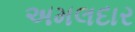
અમલદાર